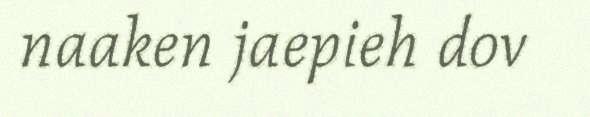
naaken jaepieh dov